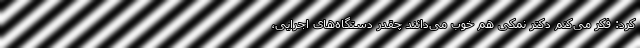
کرد: فکر می‌کنم دکتر نمکی هم خوب می‌دانند چقدر دستگاه‌های اجرایی،